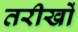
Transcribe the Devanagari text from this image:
तरीखों